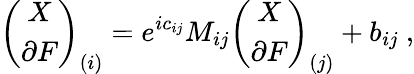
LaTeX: \left(\begin{array}{c}{{X}}\\ {{\partial F}}\end{array}\right)_{(i)}=e^{ic_{ij}}M_{ij}\left(\begin{array}{c}{{X}}\\ {{\partial F}}\end{array}\right)_{(j)}+b_{ij}\ ,